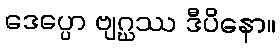
ဒေပ္ပော ဗျဂ္ဃဿ ဒီပိနော။